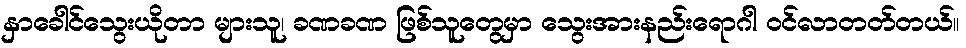
နှာခေါင်သွေးယိုတာ များသူ၊ ခဏခဏ ဖြစ်သူတွေမှာ သွေးအားနည်းရောဂါ ဝင်လာတတ်တယ်။